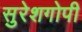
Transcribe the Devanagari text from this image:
सुरेशगोपी